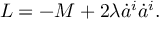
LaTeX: L = - M + 2 \lambda \dot { a } ^ { i } \dot { a } ^ { i } .